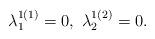
LaTeX: \begin{align*}\lambda^{1(1)}_1=0,\ \lambda^{1(2)}_2=0.\end{align*}